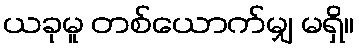
ယခုမူ တစ်ယောက်မျှ မရှိ။